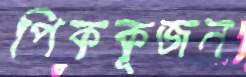
পিককূজন